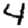
Digit: 4